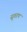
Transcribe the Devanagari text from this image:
सुवरण